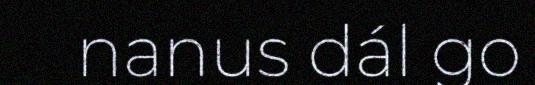
nanus dál go